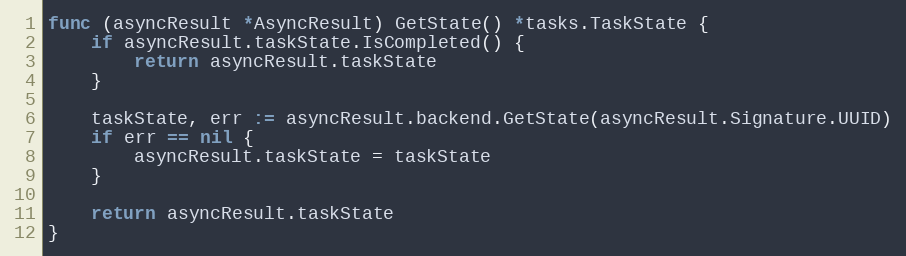
Language: Go
func (asyncResult *AsyncResult) GetState() *tasks.TaskState {
	if asyncResult.taskState.IsCompleted() {
		return asyncResult.taskState
	}

	taskState, err := asyncResult.backend.GetState(asyncResult.Signature.UUID)
	if err == nil {
		asyncResult.taskState = taskState
	}

	return asyncResult.taskState
}